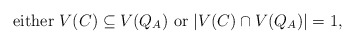
\begin{align*}\mbox{either $V(C)\subseteq V(Q_{A})$ or $|V(C)\cap V(Q_{A})|=1$,}\end{align*}